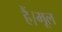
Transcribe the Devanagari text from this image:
हैं।मूल